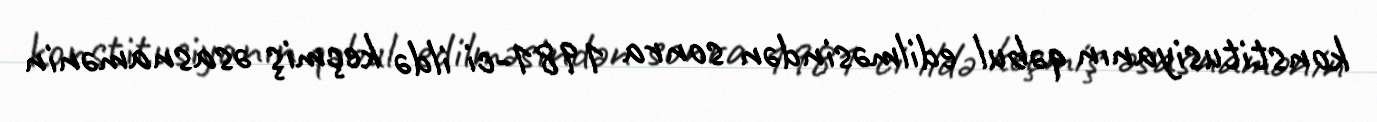
konstitusiyanın qəbul edilməsindən sonra 1981-ci ildə keçmiş əsasnamənin